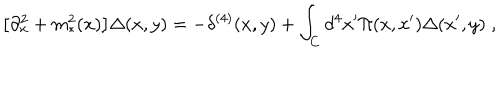
\big [ \partial _ { x } ^ { 2 } + m _ { * } ^ { 2 } ( x ) \big ] \Delta ( x , y ) = - \delta ^ { ( 4 ) } ( x , y ) + \int _ { C } d ^ { 4 } x ^ { \prime } \Pi ( x , x ^ { \prime } ) \Delta ( x ^ { \prime } , y ) \; ,